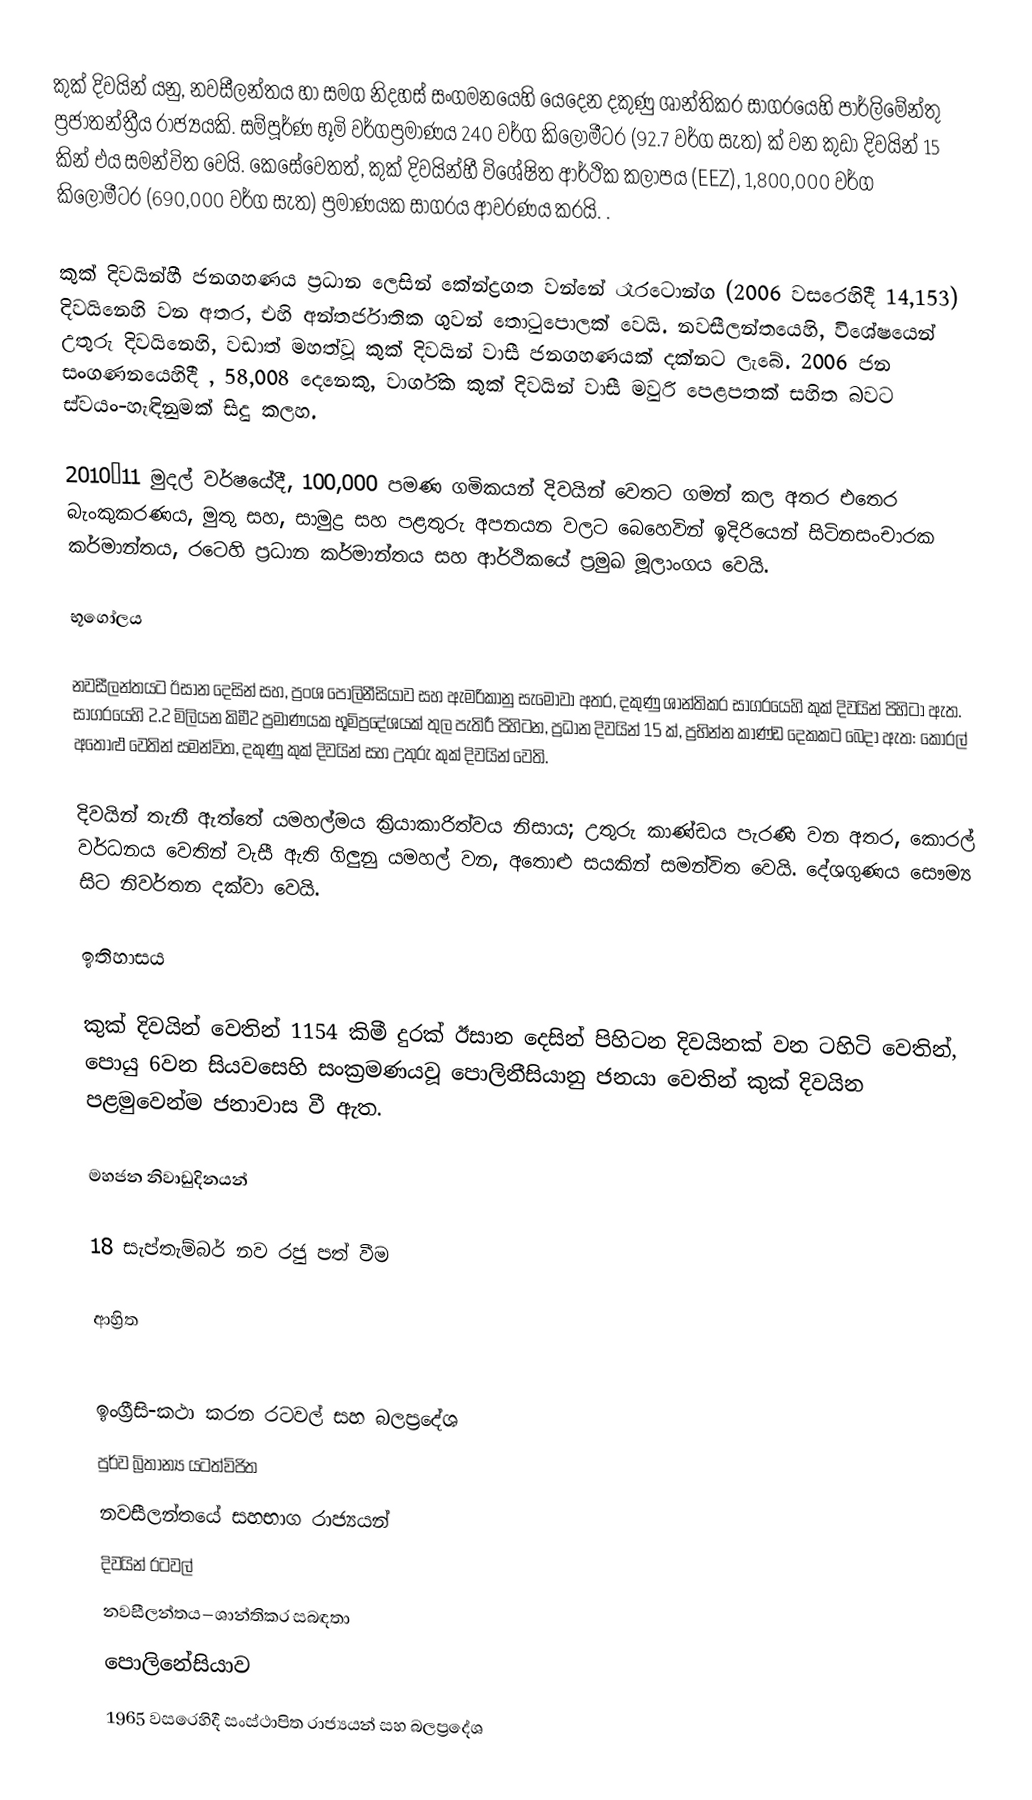
කුක් දිවයින් යනු, නවසීලන්තය හා සමග නිදහස් සංගමනයෙහි යෙදෙන දකුණු ශාන්තිකර සාගරයෙහි  පාර්ලිමේන්තු ප්‍රජාතන්ත්‍රීය රාජ්‍යයකි.  සම්පූර්ණ භූමි වර්ගප්‍රමාණය  240 වර්ග කිලෝමීටර (92.7 වර්ග සැත)  ක් වන කුඩා දිවයින් 15  කින් එය සමන්විත වෙයි. කෙසේවෙතත්, කුක් දිවයින්හී විශේෂිත ආර්ථික කලාපය (EEZ), 1,800,000 වර්ග කිලෝමීටර (690,000 වර්ග සැත) ප්‍රමාණයක සාගරය ආවරණය කරයි. .

කුක් දිවයින්හී ජනගහණය ප්‍රධාන ලෙසින් කේන්ද්‍රගත වන්නේ රෑරටොන්ග (2006 වසරෙහිදී 14,153) දිවයිනෙහි වන අතර, එහි අන්තර්ජාතික ගුවන් තොටුපොලක් වෙයි.  නවසීලන්තයෙහි, විශේෂයෙන් උතුරු දිවයිනෙහි,  වඩාත් මහත්වූ කුක් දිවයින් වාසී ජනගහණයක් දක්නට ලැබේ. 2006 ජන සංගණනයෙහිදී , 58,008  දෙනෙකු, වාර්ගික කුක් දිවයින් වාසී මවුරි පෙළපතක් සහිත බවට ස්වයං-හැඳිනුමක් සිදු කලහ.

2010–11 මුදල් වර්ෂයේදී, 100,000 පමණ ගමිකයන් දිවයින් වෙතට ගමන් කල අතර  එතෙර බැංකුකරණය, මුතු සහ, සාමුද්‍ර සහ පළතුරු අපනයන වලට බෙහෙවින් ඉදිරියෙන් සිටිනසංචාරක කර්මාන්තය,  රටෙහි ප්‍රධාන කර්මාන්තය සහ ආර්ථිකයේ ප්‍රමුඛ මූලාංගය වෙයි.

භූගෝලය

නවසීලන්තයට ඊසාන දෙසින් සහ, ප්‍රංශ පොලිනීසියාව සහ ඇමරිකානු සැමෝවා අතර, දකුණු ශාන්තිකර සාගරයෙහි කුක් දිවයින් පිහිටා ඇත. සාගරයෙහි 2.2 මිලියන කිමී2 ප්‍රමාණයක භූමිප්‍රදේශයක් තුල පැතිරී පිහිටන, ප්‍රධාන දිවයින් 15 ක්, ප්‍රභින්න කාණ්ඩ දෙකකට බෙදා ඇත: කොරල් අතොළු වෙතින් සමන්විත,  දකුණු කුක් දිවයින් සහ උතුරු කුක් දිවයින් වෙති.

දිවයින් තැනී ඇත්තේ යමහල්මය ක්‍රියාකාරිත්වය නිසාය; උතුරු කාණ්ඩය පැරණි වන අතර, කොරල් වර්ධනය වෙතින් වැසී ඇති ගිලුනු යමහල් වන, අතොළු සයකින් සමන්විත වෙයි. දේශගුණය සෞම්‍ය සිට නිවර්තන දක්වා වෙයි.

ඉතිහාසය

කුක් දිවයින් වෙතින් 1154 කිමී දුරක්  ඊසාන දෙසින් පිහිටන දිවයිනක් වන ටහිටි වෙතින්, පොයු 6වන සියවසෙහි  සංක්‍රමණයවූ  පොලිනීසියානු ජනයා වෙතින් කුක් දිවයින පළමුවෙන්ම ජනාවාස වී ඇත.

මහජන නිවාඩුදිනයන්

18 සැප්තැම්බර්                                නව රජු පත් වීම

ආහ්‍රිත

ඉංග්‍රීසි-කථා කරන රටවල් සහ බලප්‍රදේශ
පුර්ව බ්‍රිතාන්‍ය යටත්විජිත
නවසීලන්තයේ සහභාග රාජ්‍යයන්
දිවයින් රටවල්
නවසීලන්තය–ශාන්තිකර සබඳතා
පොලිනේසියාව
 1965 වසරෙහිදී සංස්ථාපිත රාජ්‍යයන් සහ බලප්‍රදේශ